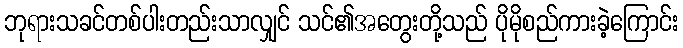
ဘုရားသခင်တစ်ပါးတည်းသာလျှင် သင်၏အတွေးတို့သည် ပိုမိုစည်ကားခဲ့ကြောင်း